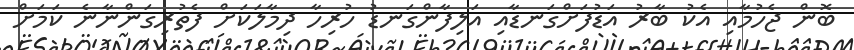
ބޮން ޖެހުމާއި އެކު ބާރު އަޑުފަށްގަނޑާއި އަލިފާންގަނޑު ހުރިހާ ދިމާލަކަށް ފެތުރިގަންނާނެ ކަމަށް